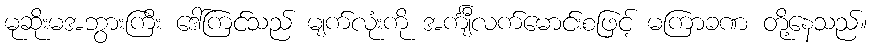
မုဆိုးမအဘွားကြီး ဒေါ်ကြင်သည် မျက်လုံးကို အင်္ကျီလက်မောင်းစဖြင့် မကြာခဏ တို့နေသည်။